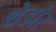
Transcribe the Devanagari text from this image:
थेडोर